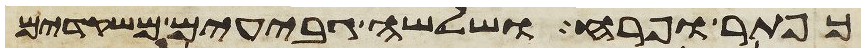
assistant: כפתר ופרח ושלשה גבעים משקדים